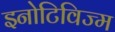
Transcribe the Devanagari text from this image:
इनोटिविज्म